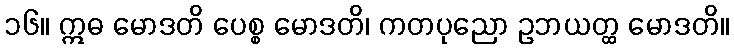
၁၆။ ဣဓ မောဒတိ ပေစ္စ မောဒတိ၊ ကတပုညော ဥဘယတ္ထ မောဒတိ။